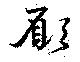
願